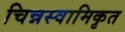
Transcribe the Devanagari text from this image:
चिन्नस्वामिकृत